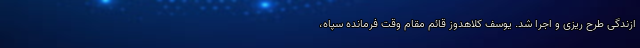
ازندگی طرح ریزی و اجرا شد. یوسف کلاهدوز قائم مقام وقت فرمانده سپاه،